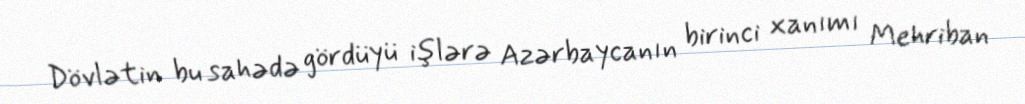
Dövlətin bu sahədə gördüyü işlərə Azərbaycanın birinci xanımı Mehriban